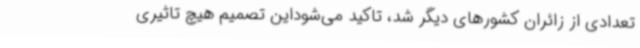
تعدادی از زائران کشورهای دیگر شد، تاکید می‌شوداین تصمیم هیچ تاثیری